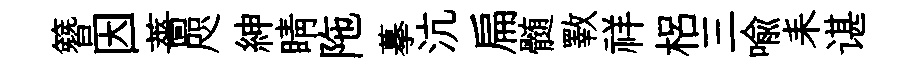
簪因薔咫紳睛陁摹沆扁髄斁祥梠三喻耒谌